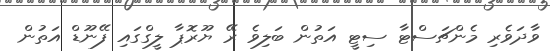
ވާދަވެރި މެންޗަސްޓާ ސިޓީ އަތުން ބަލިވެ ރޭ ޔޫރޮޕާ ލީގްގައި ފޭނޫޑް އަތުން